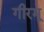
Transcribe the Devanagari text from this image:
गीरमू